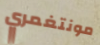
مونتغمري